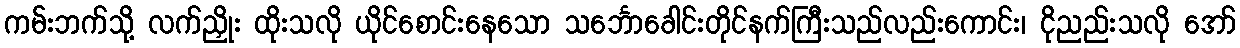
ကမ်းဘက်သို့ လက်ညှိုး ထိုးသလို ယိုင်စောင်းနေသော သင်္ဘောခေါင်းတိုင်နက်ကြီးသည်လည်းကောင်း၊ ငိုညည်းသလို အော်